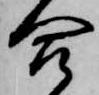
合